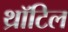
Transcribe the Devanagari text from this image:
थ्रॉटिल